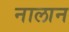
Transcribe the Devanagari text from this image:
नालान